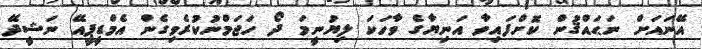
އޭނައަށް ނަޙައްޤުން ކޮށްފައިވާ އަނިޔާގެ ވާހަކަ ލިޔުނީމަ ދޯ ހަޖަމްނުކުރެވިގެން އެމްޑީޕީއޭ ނަޝީދޭ